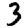
Digit: 3